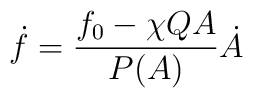
\dot{f}=\frac{f_0-\chi Q A}{P(A)}\dot{A}